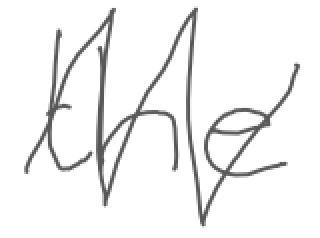
Text: the
Cross-out: zig-zag
Writing tool: digital_gray